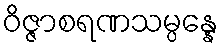
ဝိဇ္ဇာစရဏသမ္ပန္နေ